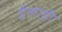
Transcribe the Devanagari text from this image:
ईलाही